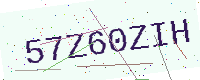
Text: 57Z60ZIH